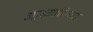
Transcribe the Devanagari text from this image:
अाख्यायिका